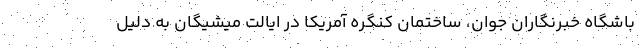
باشگاه خبرنگاران جوان، ساختمان کنگره آمریکا در ایالت میشیگان به دلیل